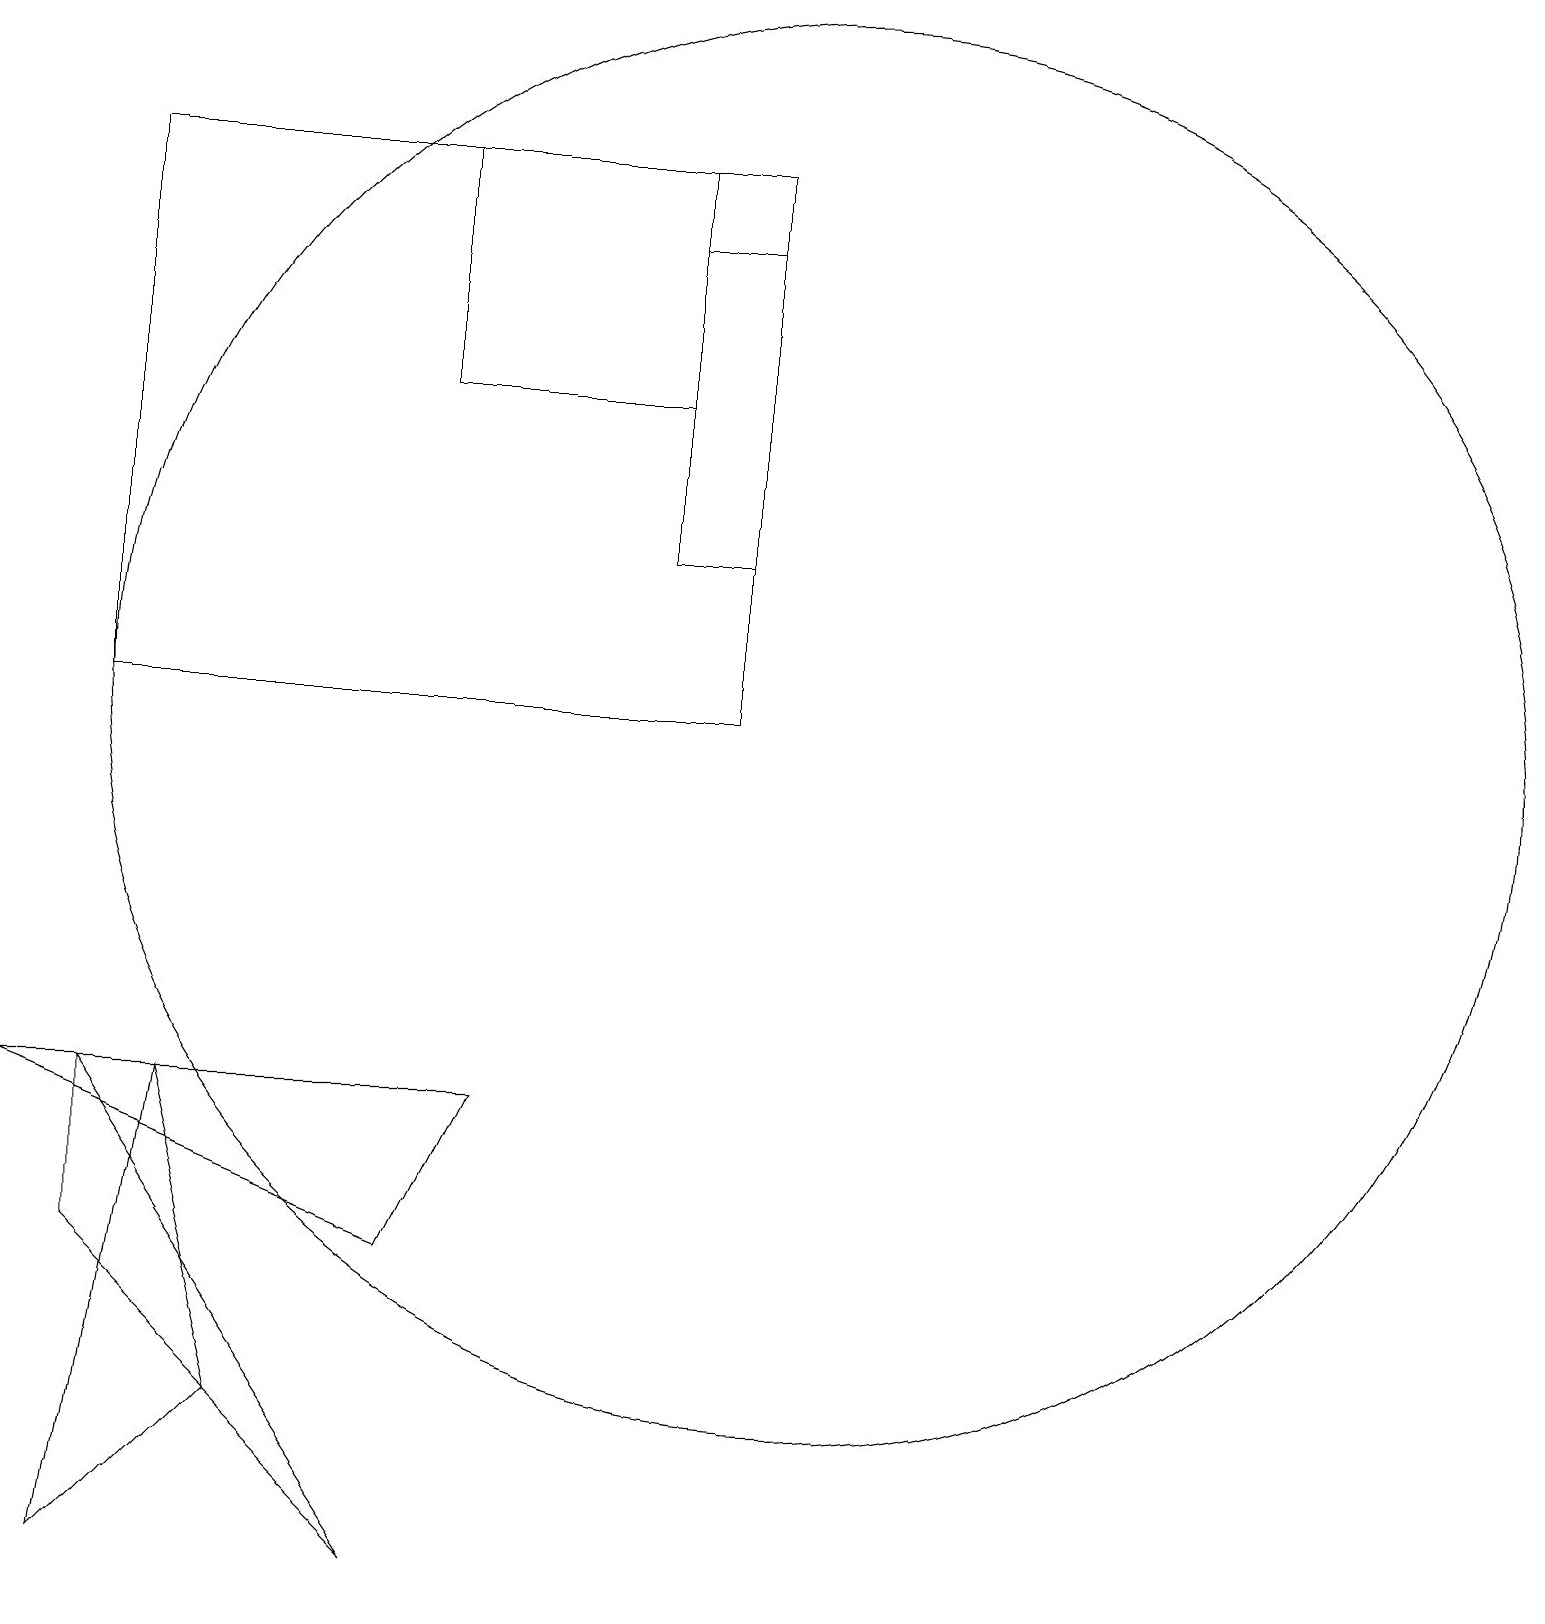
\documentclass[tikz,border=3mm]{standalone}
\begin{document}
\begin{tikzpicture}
\draw (5,19) rectangle (8,16);
\draw (5,5) -- (0,7) -- (6,7) -- cycle;
\draw (1,19) rectangle (9,12);
\draw (2,7) -- (1,1) -- (3,3) -- cycle;
\draw (1,7) -- (5,1) -- (1,5) -- cycle;
\draw (10,12) circle (9);
\draw (8,18) rectangle (9,14);
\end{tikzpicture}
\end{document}